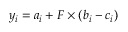
y _ { i } = a _ { i } + F \times ( b _ { i } - c _ { i } )